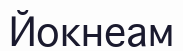
Йокнеам